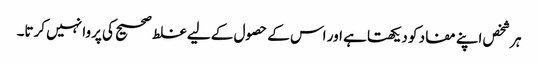
ہر شخص اپنے مفاد کو دیکھتا ہے اور اس کے حصول کے لیے غلط صحیح کی پروا نہیں کرتا۔